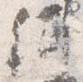
紺